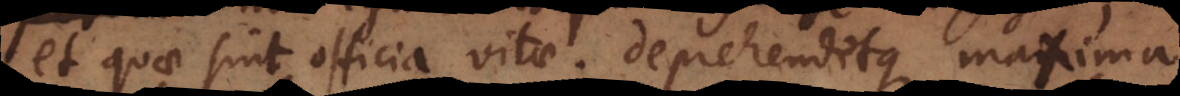
et quae sint officia vitae; deprehenditque maxima